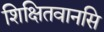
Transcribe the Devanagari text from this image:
शिक्षितवानसि